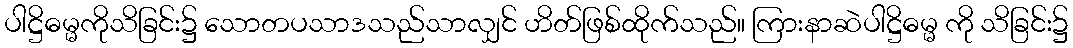
ပါဋ္ဌိဓမ္မကိုသိခြင်း၌ သောတပသာဒသည်သာလျှင် ဟိတ်ဖြစ်ထိုက်သည်။ ကြားနာဆဲပါဋ္ဌိဓမ္မ ကို သိခြင်း၌